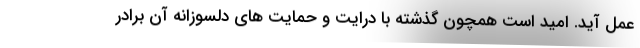
عمل آید. امید است همچون گذشته با درایت و حمایت های دلسوزانه آن برادر